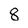
Character: 8